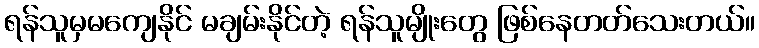
ရန်သူမှမကျေနိုင် မချမ်းနိုင်တဲ့ ရန်သူမျိုးတွေ ဖြစ်နေတတ်သေးတယ်။